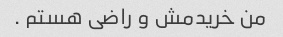
من خریدمش و راضی هستم .